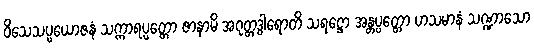
ဝိသေသပ္ပယောဇနံ သက္ကာရပ္ပတ္တော ဇာနာမိ အဂုတ္တဒွါရောတိ သရဋ္ဌော အန္တပ္ပတ္တော ဟသမာနံ သဏ္ဍာသော